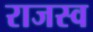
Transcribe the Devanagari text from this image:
राजस्व